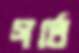
গর্তে